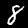
Digit: 8